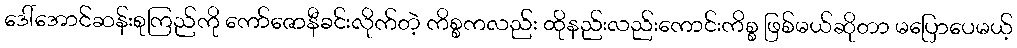
ဒေါ်အောင်ဆန်းစုကြည်ကို ကော်ဇောနီခင်းလိုက်တဲ့ ကိစ္စကလည်း ထိုနည်းလည်းကောင်းကိစ္စ ဖြစ်မယ်ဆိုတာ မပြောပေမယ့်